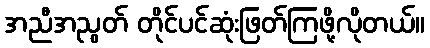
အညီအညွတ် တိုင်ပင်ဆုံးဖြတ်ကြဖို့လိုတယ်။